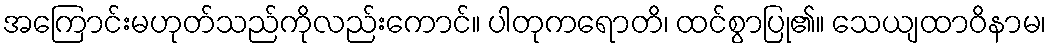
အကြောင်းမဟုတ်သည်ကိုလည်းကောင်။ ပါတုကရောတိ၊ ထင်စွာပြု၏။ သေယျထာဝိနာမ၊